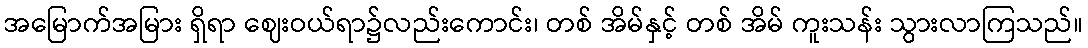
အမြောက်အမြား ရှိရာ ဈေးဝယ်ရာ၌လည်းကောင်း၊ တစ် အိမ်နှင့် တစ် အိမ် ကူးသန်း သွားလာကြသည်။